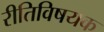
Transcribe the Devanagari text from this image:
रीतिविषयक